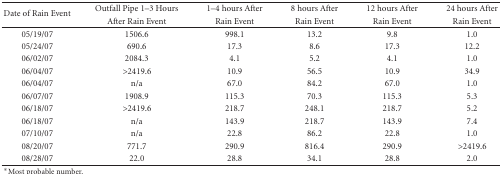
| <ROWSPAN=2> Date of Rain Event | Outfall Pipe 1–3 Hours | 1–4 hours After | 8 hours After | 12 hours After | 24 hours After |
 | After Rain Event | Rain Event | Rain Event | Rain Event | Rain Event |
 | --- | --- | --- | --- | --- | --- |
 | 05/19/07 | 1506.6 | 998.1 | 13.2 | 9.8 | 1.0 |
 | 05/24/07 | 690.6 | 17.3 | 8.6 | 17.3 | 12.2 |
 | 06/02/07 | 2084.3 | 4.1 | 5.2 | 4.1 | 1.0 |
 | 06/04/07 | >2419.6 | 10.9 | 56.5 | 10.9 | 34.9 |
 | 06/04/07 | n/a | 67.0 | 84.2 | 67.0 | 1.0 |
 | 06/07/07 | 1908.9 | 115.3 | 70.3 | 115.3 | 5.3 |
 | 06/18/07 | >2419.6 | 218.7 | 248.1 | 218.7 | 5.2 |
 | 06/18/07 | n/a | 143.9 | 218.7 | 143.9 | 7.4 |
 | 07/10/07 | n/a | 22.8 | 86.2 | 22.8 | 1.0 |
 | 08/20/07 | 771.7 | 290.9 | 816.4 | 290.9 | >2419.6 |
 | 08/28/07 | 22.0 | 28.8 | 34.1 | 28.8 | 2.0 |